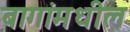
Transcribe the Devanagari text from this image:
बागांमधील